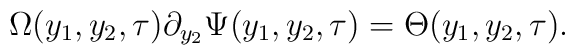
\Omega (y_{1},y_{2},\tau)\partial _{y_{2}}\Psi (y_{1},y_{2},\tau)=\Theta (y_{1},y_{2},\tau).